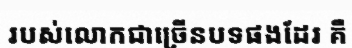
របស់លោកជាច្រើនបទផងដែរ គឺ